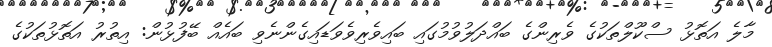
މާލެ އަތޮޅު ސްކޫލްތަކުގެ ވެރިންގެ ބައްދަލުވުމުގައި ބައިވެރިވެވަޑައިގެންނެވި ބައެއް ބޭފުޅުން: އިތުރު އަތޮޅުތަކުގެ